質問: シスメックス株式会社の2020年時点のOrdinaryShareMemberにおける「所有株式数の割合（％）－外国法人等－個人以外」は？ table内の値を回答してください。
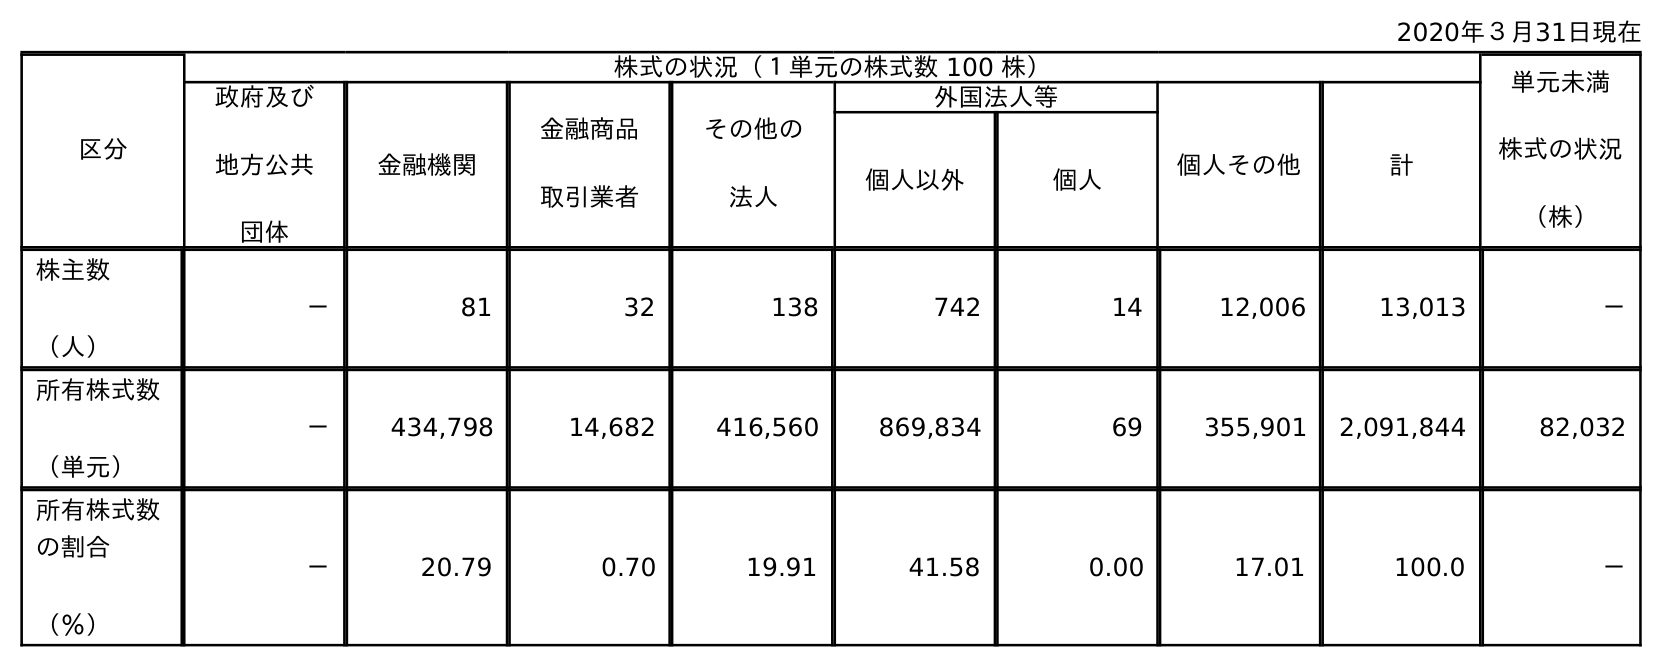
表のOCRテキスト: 2020年３月31日現在 区分 株式の状況（１単元の株式数 100 株） 単元未満 株式の状況 （株） 政府及び 地方公共 団体 金融機関 金融商品 取引業者 その他の 法人 外国法人等 個人その他 計 個人以外 個人 株主数 （人） － 81 32 138 742 14 12,006 13,013 － 所有株式数 （単元） － 434,798 14,682 416,560 869,834 69 355,901 2,091,844 82,032 所有株式数 の割合 （％） － 20.79 0.70 19.91 41.58 0.00 17.01 100.0 －
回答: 41.58